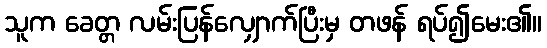
သူက ခေတ္တ လမ်းပြန်လျှောက်ပြီးမှ တဖန် ရပ်၍မေး၏။